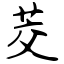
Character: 茭